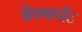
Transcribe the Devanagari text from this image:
सेक्सपॉट